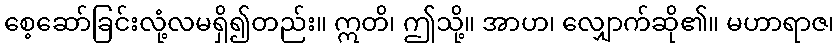
စေ့ဆော်ခြင်းလုံ့လမရှိ၍တည်း။ ဣတိ၊ ဤသို့။ အာဟ၊ လျှောက်ဆို၏။ မဟာရာဇ၊